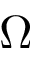
\Omega